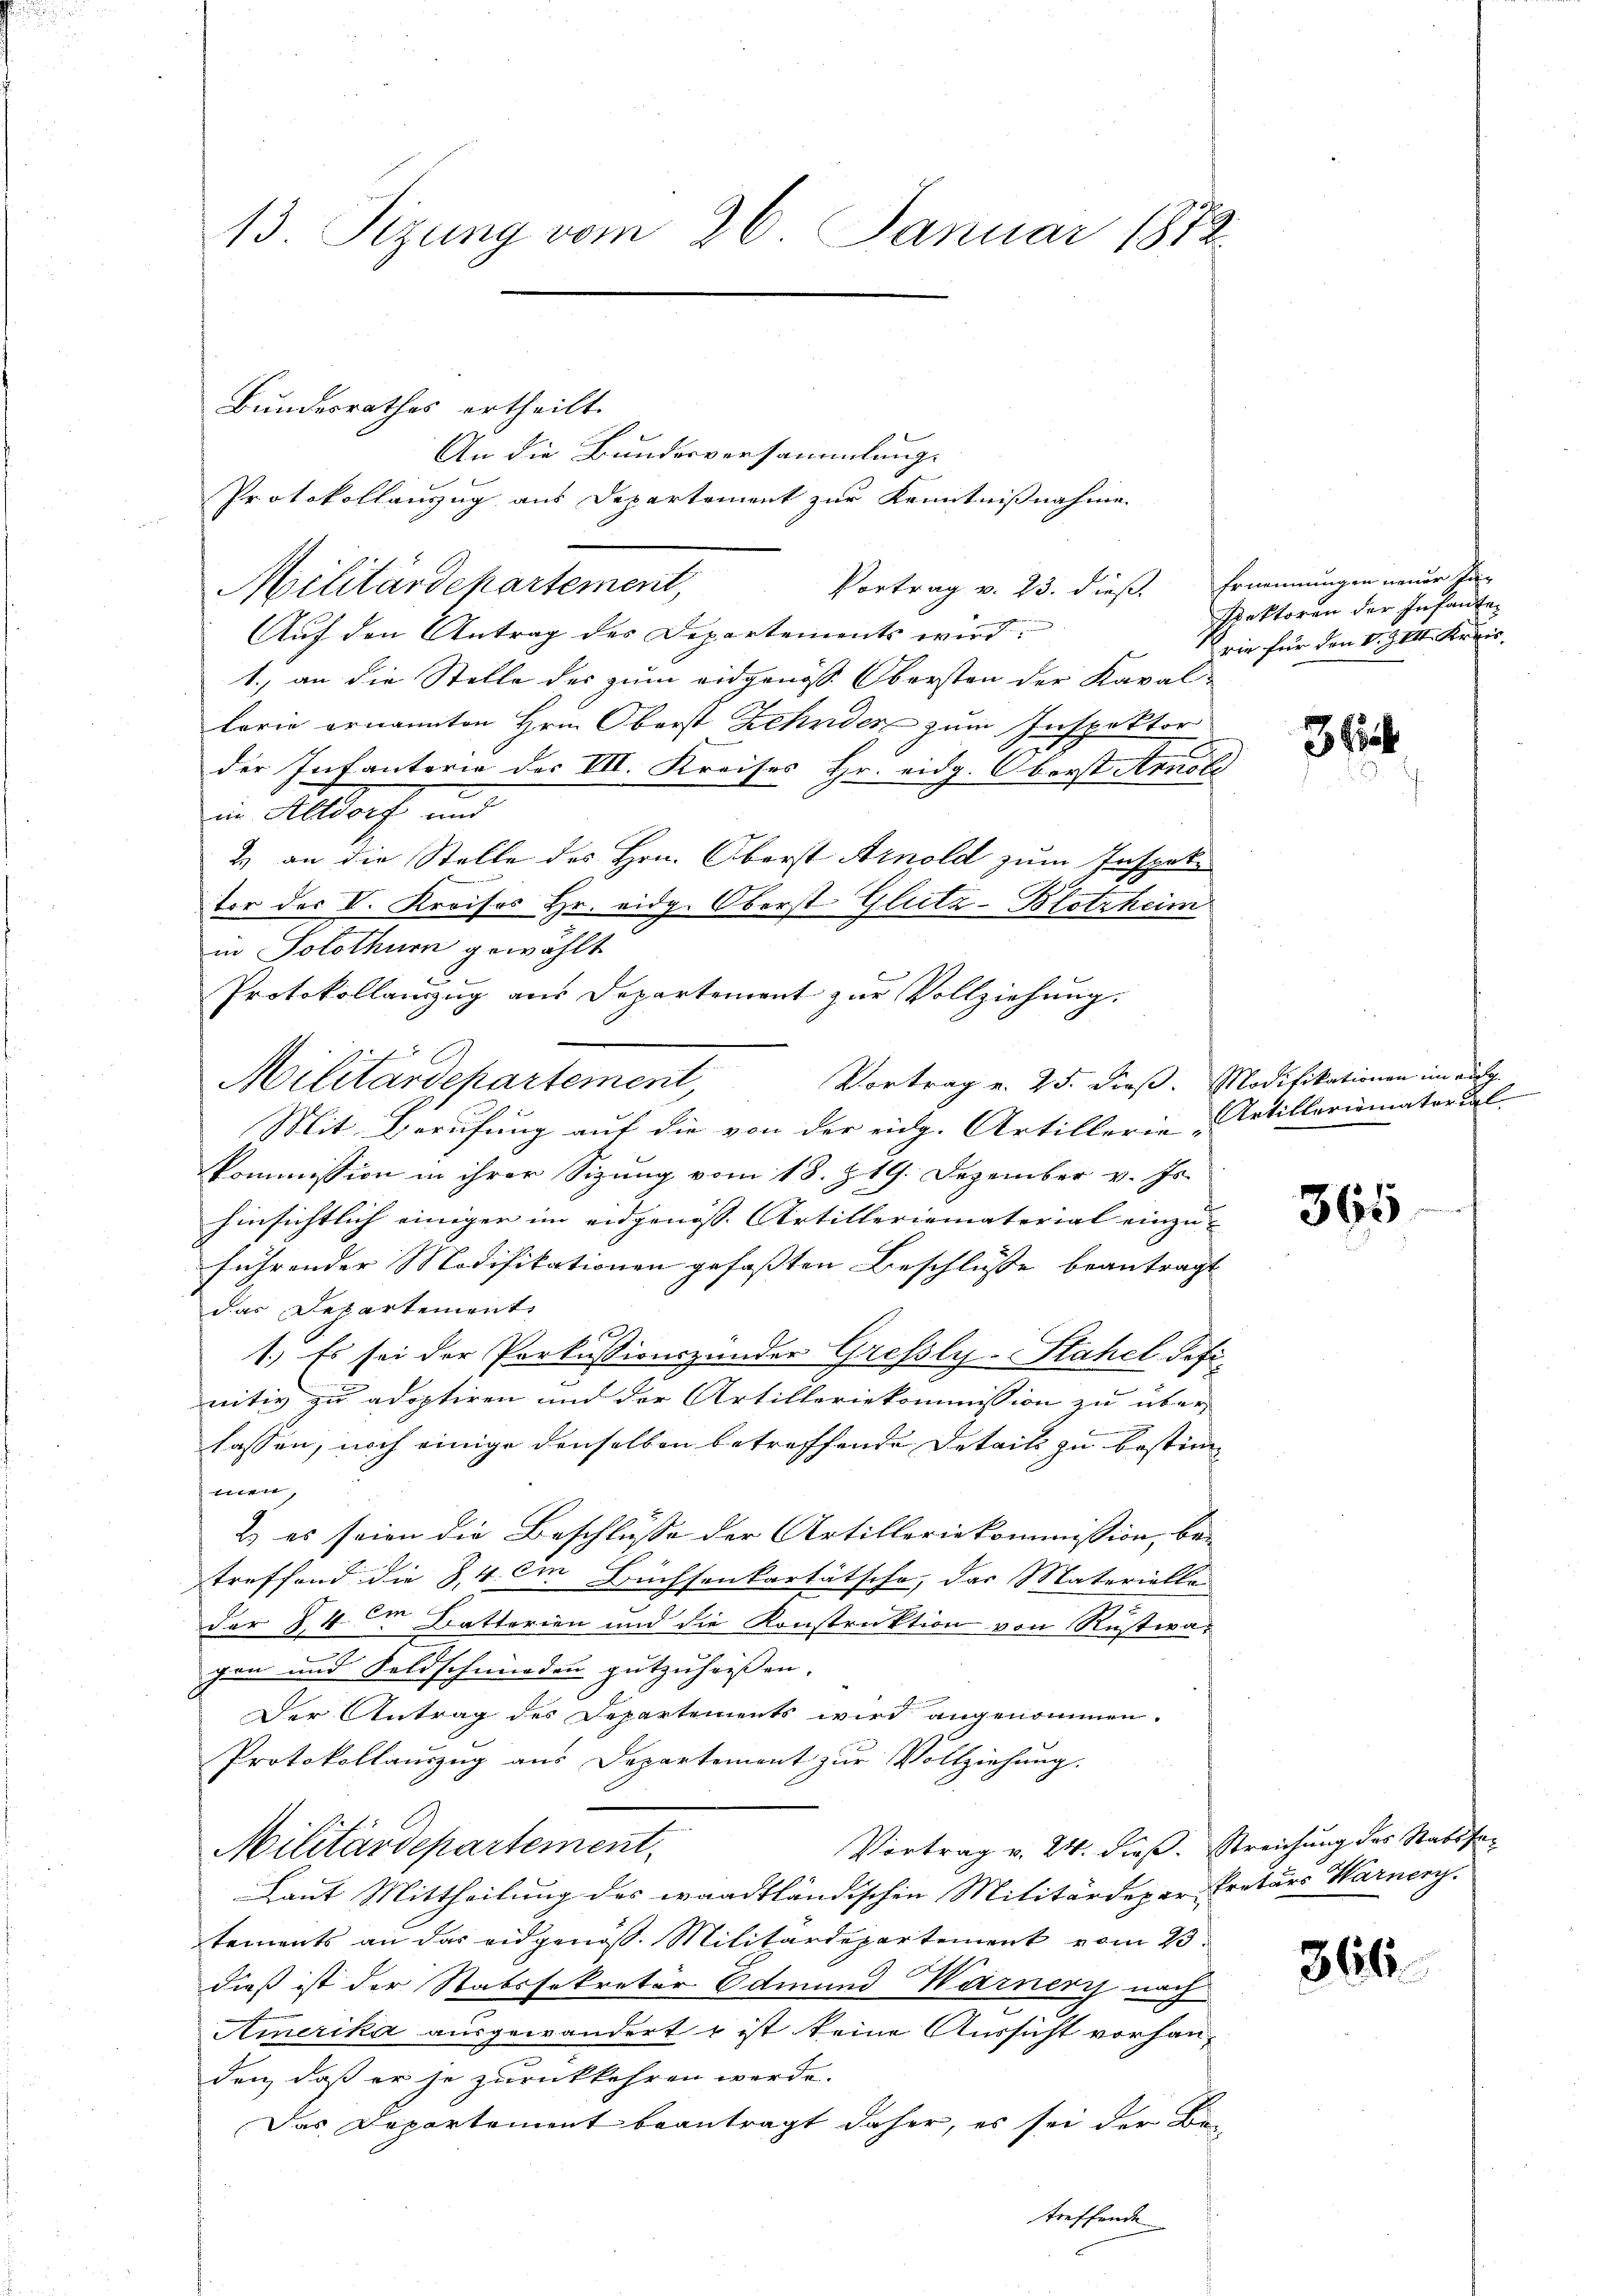
13. Sizung vom 26. Januar 1872.

Bundesrathes ertheilt.

An die Bundesversammlung.
Protokollanzug aus Departement zur Kenntnißnahme
Vortrag v. 23. dieß. Ernennungen neuer Kin
Militärdepartement,
Auf den Antrag des Departements wird
1.) an die Stelle des zum eidgenöss. Obersten der Kaval-
lario ernannten Hrn. Oberst Zehnder zum Inspektor
der Infanterie der VII. Kreises Hr. eidg. Oberst Arnoli
.
in Altdorf und
2) an die Stelle des Hrn. Oberst Arnold zum Inspek¬
Vor des V. Kreises Hr. eidg. Oberst Glutz-Blotzheim
in Solothurn gewählt
.
Protokollanzug aus Departement zur Vollziehung.
Vortrag v. 25. dieß. Modifikationen im aug
Mit Berufung auf die von der eidg. Artillerie Artillariomaterial-
Kommission in ihrer Sizung vom 18. Z. 19. Dezember v. Js.
hinsichtlich einiger im eidgenoss. Artilleriematerial einzu-
führender Modifikationen gefaßten Beschlüsse beantragt
das Departement

1.) Es sei der Parkussionszünder Grefsly-Stahel defi-
nitiv zu adoptiren und der Artilleriekommission zu über-
lassen, noch einige denselben betreffende Details zu bestimsmen,
2) es seien die Beschlüsse der Artilleriekommission, betreffend die §. 4. im Büchsenkartätsche, das Materiellen
der 84 im Batterien und die Konstruktion von Rustwagen und Feldschmieden gutzuheissen.
Der Antrag des Departements wird angenommen.
Protokollauszug aus Departement zur Vollziehung.
Vortrag v. 24. dieß. Streichung des Stabsfar
Militärdepartement,
Laut Mittheilung des waadtländischen Militärdeper Prators Warnery.
tements an das eidgenöß. Militärdepartement vom 23.
dieß ist der Stabssekretär Edmund Warner nach
Amerika ausgewandert & ist keine Aussicht vorhanden, daß er je zurückkehren werde.
Das Departement beantragt daher, es sei der Betreffende

Militärdepartement,

spektoren der Infante
rie für den v. J. VII. Kreis

3 lit.

365

866.